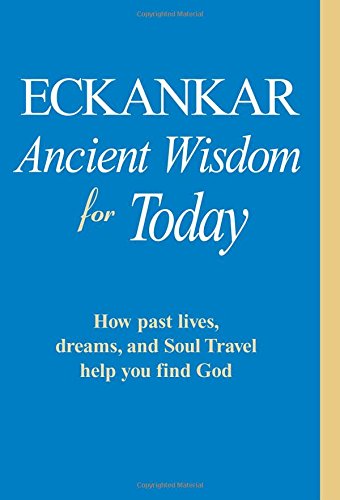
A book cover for Eckankar: Ancient Wisdom for Today: How Past Lives, Dreams, and Soul Travel Help You Find God; Eckankar; Religion & Spirituality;